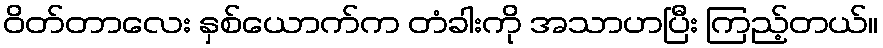
ဝိတ်တာလေး နှစ်ယောက်က တံခါးကို အသာဟပြီး ကြည့်တယ်။